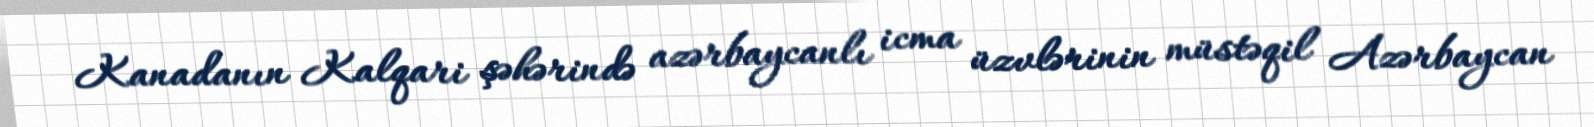
Kanadanın Kalqari şəhərində azərbaycanlı icma üzvlərinin müstəqil Azərbaycan